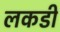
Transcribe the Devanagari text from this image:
लकडीं